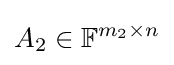
A_{2}\in \mathbb {F} ^{m_{2}\times n}